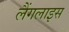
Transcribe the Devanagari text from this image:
लैंगलाइस